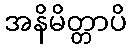
အနိမိတ္တာပိ